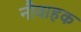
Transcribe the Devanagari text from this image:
नौवाहक